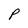
Character: P